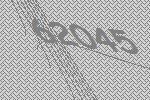
62045